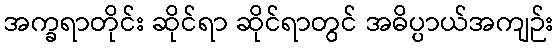
အက္ခရာတိုင်း ဆိုင်ရာ ဆိုင်ရာတွင် အဓိပ္ပာယ်အကျဉ်း